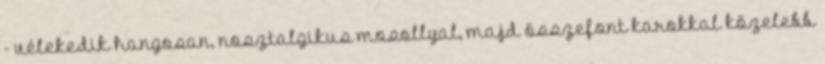
- vélekedik hangosan, nosztalgikus mosollyal, majd összefont karokkal közelebb